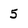
Character: 5